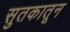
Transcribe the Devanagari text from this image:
सुतकातून